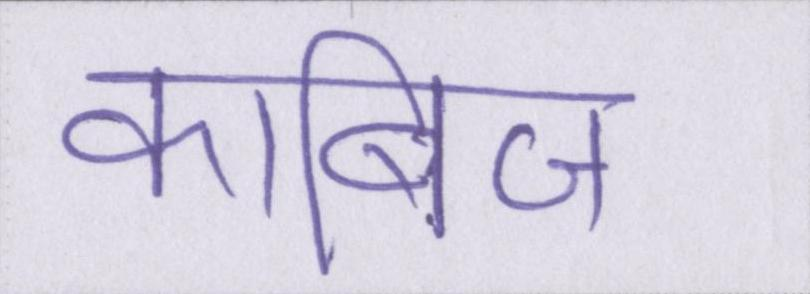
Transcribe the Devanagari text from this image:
काबिज